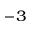
^ { - 3 }